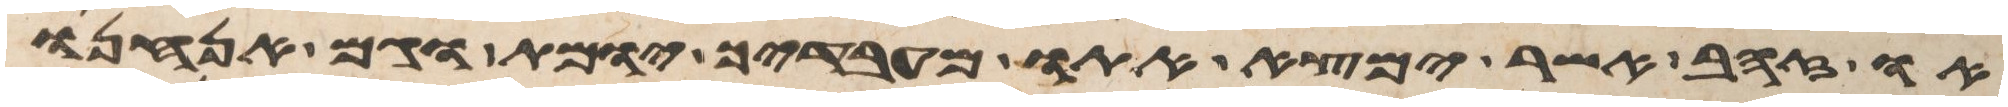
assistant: או זהב אשר ימצא אתו מעבדיך יומת וגם אנחנו